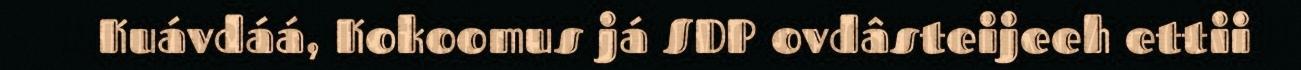
Kuávdáá, Kokoomus já SDP ovdâsteijeeh ettii